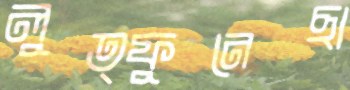
লুত্ফুনেছা